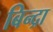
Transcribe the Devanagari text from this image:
बिन्द्रा